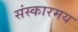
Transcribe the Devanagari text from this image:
संस्कारमय